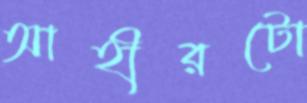
আহীরটো